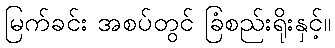
မြက်ခင်း အစပ်တွင် ခြံစည်းရိုးနှင့်။